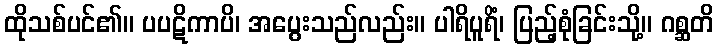
ထိုသစ်ပင်၏။ ပပဋိကာပိ၊ အပွေးသည်လည်း။ ပါရိပူရိံ၊ ပြည့်စုံခြင်းသို့။ ဂစ္ဆတိ